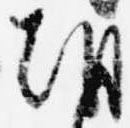
朝